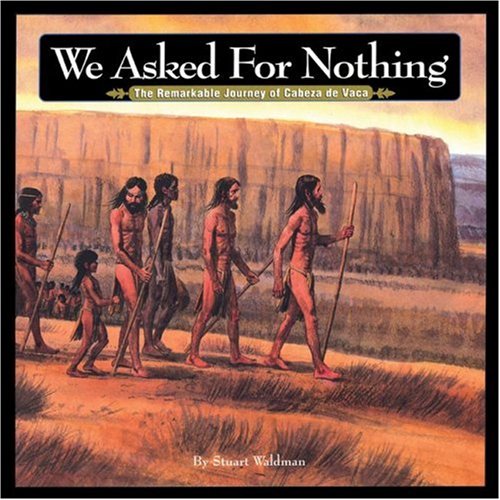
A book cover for We Asked for Nothing: The Remarkable Journey of Cabeza de Vaca (Great Explorers); Stuart Waldman; Children's Books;